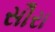
સૌરા